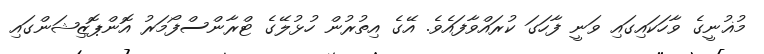
މުޣުނީގެ ވާހަކައިގައި ވަނީ ފާހަގަ ކުރައްވާފައެވެ. އޭގެ އިތުރުން ހުޅުލޭގެ ޓްރާންސްފޯމަރު އޮންޕޮޒިޝަންގައި